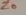
Text: Z0